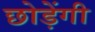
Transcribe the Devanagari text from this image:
छोड़ेंगी